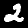
Digit: 2